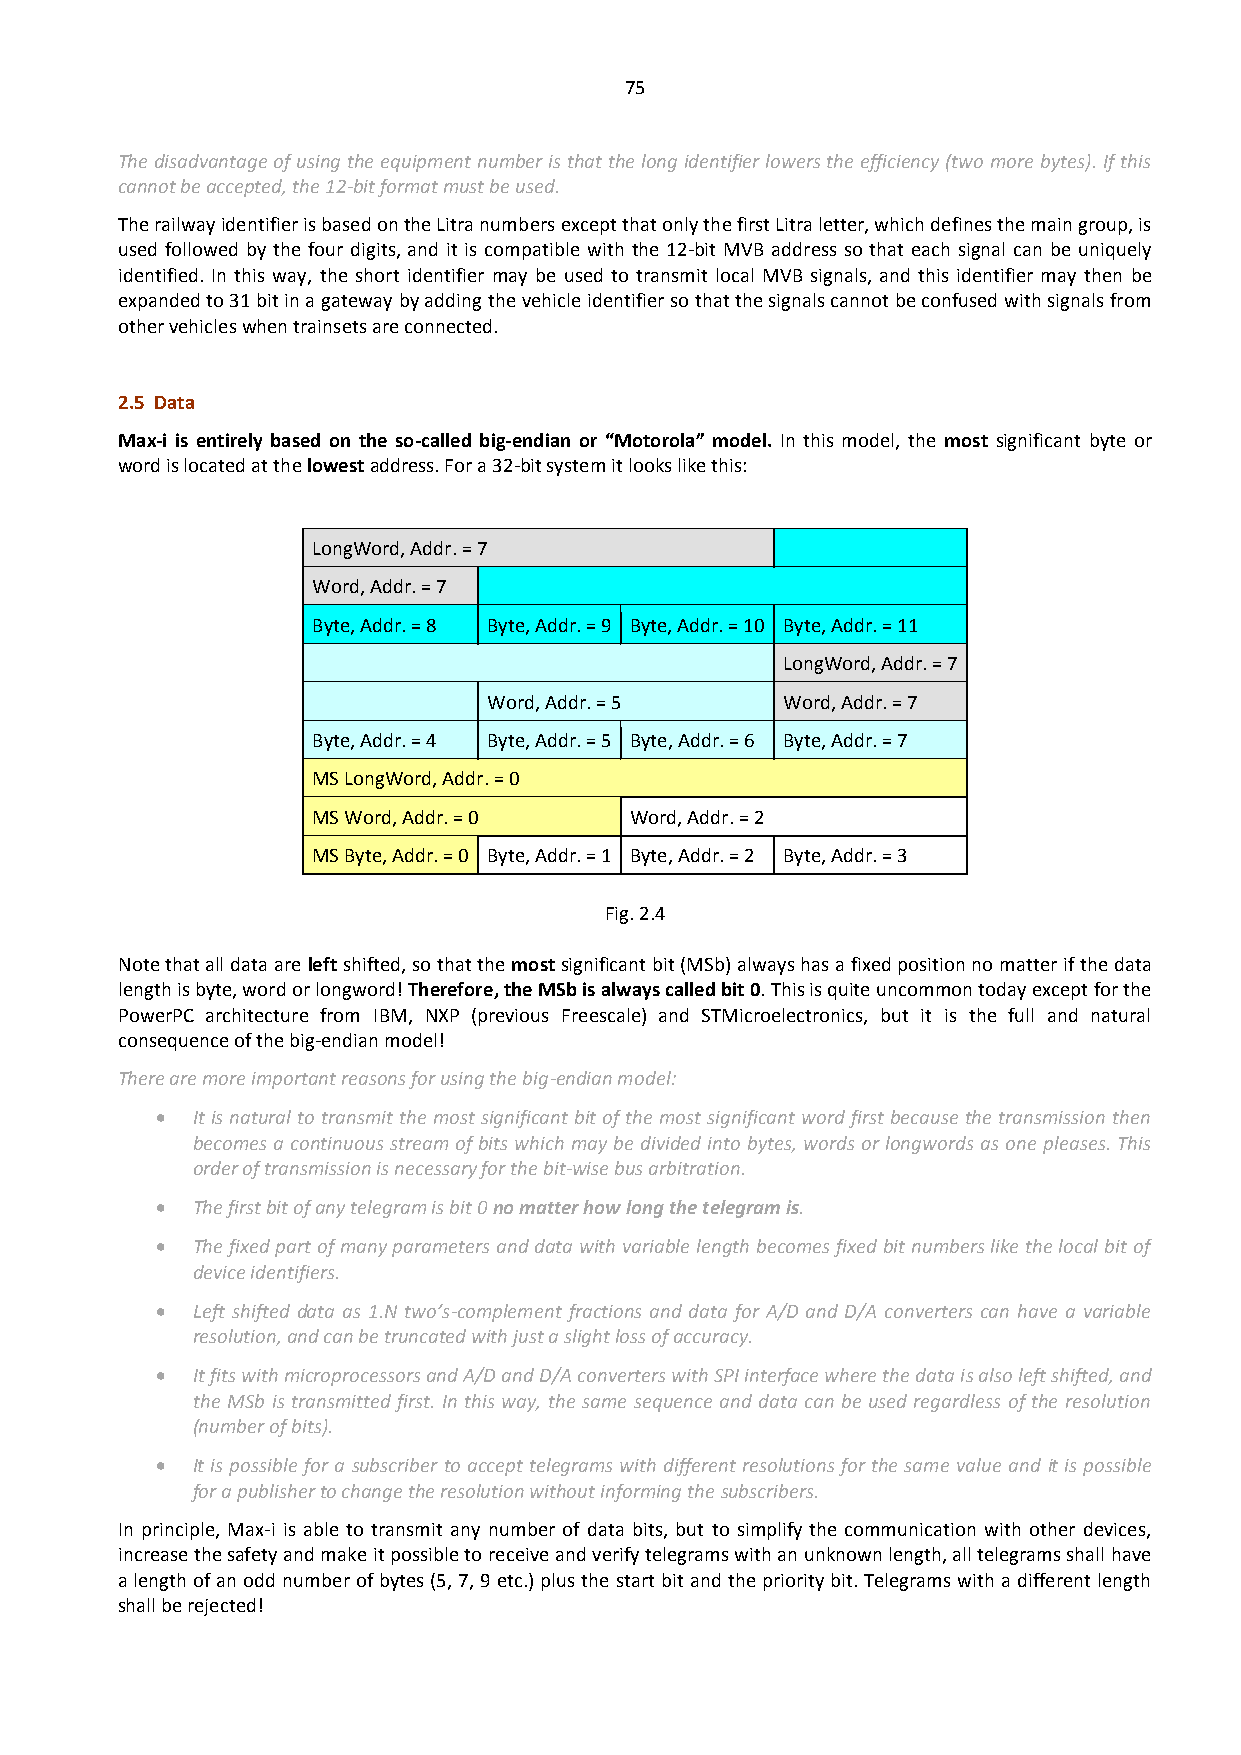
75
 The disadvantage of using the equipment number is that the long identifier lowers the efficiency (two more bytes). If this
 cannot be accepted, the 12-bit format must be used.
 The railway identifier is based on the Litra numbers except that only the first Litra letter, which defines the main group, is
 used followed by the four digits, and it is compatible with the 12-bit MVB address so that each signal can be uniquely
 identified. In this way, the short identifier may be used to transmit local MVB signals, and this identifier may then be
 expanded to 31 bit in a gateway by adding the vehicle identifier so that the signals cannot be confused with signals from
 other vehicles when trainsets are connected.
 2.5 Data
 Max-i is entirely based on the so-called big-endian or “Motorola” model. In this model, the most significant byte or
 word is located at the lowest address. For a 32-bit system it looks like this:
 LongWord, Addr. = 7
 Word, Addr. = 7
 Byte, Addr. = 8 Byte, Addr. = 9 Byte, Addr. = 10 Byte, Addr. = 11
 LongWord, Addr. = 7
 Word, Addr. = 5     Word, Addr. = 7
 Byte, Addr. = 4 Byte, Addr. = 5 Byte, Addr. = 6 Byte, Addr. = 7
 MS LongWord, Addr. = 0
 MS Word, Addr. = 0   Word, Addr. = 2
 MS Byte, Addr. = 0 Byte, Addr. = 1 Byte, Addr. = 2 Byte, Addr. = 3
 Fig. 2.4
 Note that all data are left shifted, so that the most significant bit (MSb) always has a fixed position no matter if the data
 length is byte, word or longword! Therefore, the MSb is always called bit 0. This is quite uncommon today except for the
 PowerPC architecture from IBM, NXP (previous Freescale) and STMicroelectronics, but it is the full and natural
 consequence of the big-endian model!
 There are more important reasons for using the big-endian model:
   It is natural to transmit the most significant bit of the most significant word first because the transmission then
 becomes a continuous stream of bits which may be divided into bytes, words or longwords as one pleases. This
 order of transmission is necessary for the bit-wise bus arbitration.
   The first bit of any telegram is bit 0 no matter how long the telegram is.
   The fixed part of many parameters and data with variable length becomes fixed bit numbers like the local bit of
 device identifiers.
   Left shifted data as 1.N two’s-complement fractions and data for A/D and D/A converters can have a variable
 resolution, and can be truncated with just a slight loss of accuracy.
   It fits with microprocessors and A/D and D/A converters with SPI interface where the data is also left shifted, and
 the MSb is transmitted first. In this way, the same sequence and data can be used regardless of the resolution
 (number of bits).
   It is possible for a subscriber to accept telegrams with different resolutions for the same value and it is possible
 for a publisher to change the resolution without informing the subscribers.
 In principle, Max-i is able to transmit any number of data bits, but to simplify the communication with other devices,
 increase the safety and make it possible to receive and verify telegrams with an unknown length, all telegrams shall have
 a length of an odd number of bytes (5, 7, 9 etc.) plus the start bit and the priority bit. Telegrams with a different length
 shall be rejected!